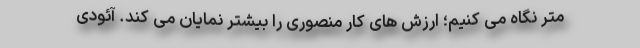
متر نگاه می کنیم؛ ارزش های کار منصوری را بیشتر نمایان می کند. آئودی